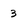
Character: 3